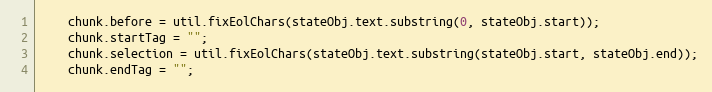
Language: JavaScript
    chunk.before = util.fixEolChars(stateObj.text.substring(0, stateObj.start));
    chunk.startTag = "";
    chunk.selection = util.fixEolChars(stateObj.text.substring(stateObj.start, stateObj.end));
    chunk.endTag = "";